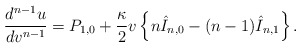
\begin{align*} \frac{d^{n-1}u}{dv^{n-1}}=P_{1,0}+\frac{\kappa}{2}v\left\{n\hat{I}_{n,0}-(n-1)\hat{I}_{n,1}\right\}.\end{align*}